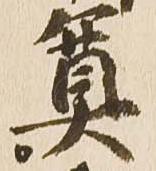
奠